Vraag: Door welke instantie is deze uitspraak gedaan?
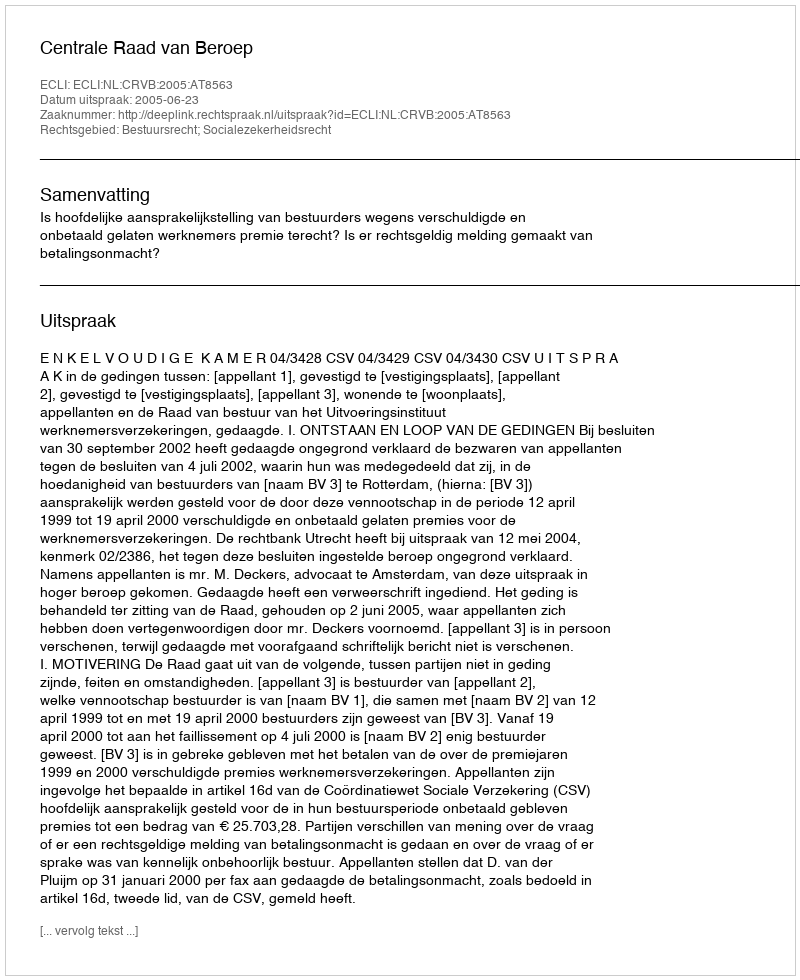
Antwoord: Centrale Raad van Beroep